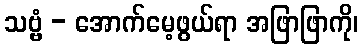
သဗ္ဗံ - အောက်မေ့ဖွယ်ရာ အဖြာဖြာကို၊